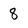
Character: 8